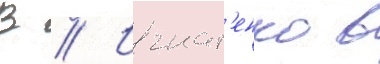
В // Игнат'енко в